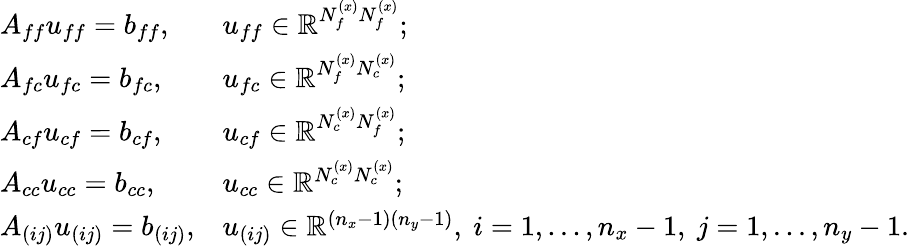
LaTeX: \begin{array}{ll}{A_{ff}u_{ff}=b_{ff},}&{u_{ff}\in\mathbb{R}^{N_{f}^{(x)}N_{f}^{(x)}};}\\ {A_{fc}u_{fc}=b_{fc},}&{u_{fc}\in\mathbb{R}^{N_{f}^{(x)}N_{c}^{(x)}};}\\ {A_{cf}u_{cf}=b_{cf},}&{u_{cf}\in\mathbb{R}^{N_{c}^{(x)}N_{f}^{(x)}};}\\ {A_{cc}u_{cc}=b_{cc},}&{u_{cc}\in\mathbb{R}^{N_{c}^{(x)}N_{c}^{(x)}};}\\ {A_{(ij)}u_{(ij)}=b_{(ij)},}&{u_{(ij)}\in\mathbb{R}^{(n_{x}-1)(n_{y}-1)},\ i=1,...,n_{x}-1,\ j=1,...,n_{y}-1.}\end{array}